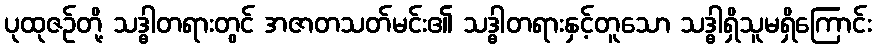
ပုထုဇဉ်တို့ သဒ္ဓါတရားတွင် အဇာတသတ်မင်း၏ သဒ္ဓါတရားနှင့်တူသော သဒ္ဓါရှိသူမရှိကြောင်း